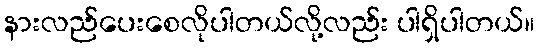
နားလည်ပေးစေလိုပါတယ်လို့လည်း ပါရှိပါတယ်။